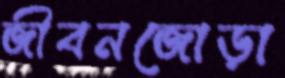
জীবনজোড়া